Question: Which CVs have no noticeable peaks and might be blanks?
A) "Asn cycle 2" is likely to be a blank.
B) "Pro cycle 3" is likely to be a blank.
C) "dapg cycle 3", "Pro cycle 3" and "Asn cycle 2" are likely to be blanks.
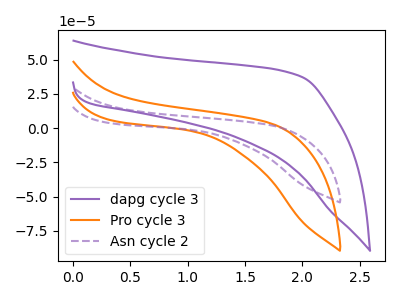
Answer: <think>The purple curve "dapg cycle 3" has no peaks. The orange curve "Pro cycle 3" has no peaks. The purple dashed curve "Asn cycle 2" has no peaks.</think>
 <answer>C) "dapg cycle 3", "Pro cycle 3" and "Asn cycle 2" are likely to be blanks.</answer>
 <eval>C</eval>